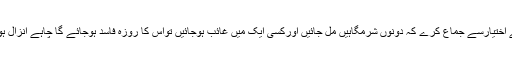
لھذا جو بھی رمضان المبارک میں دن کے وقت عمدا اوراپنے اختیارسے جماع کرے کہ دونوں شرمگاہیں مل جائيں اورکسی ایک میں غائب ہوجائيں تواس کا روزہ فاسد ہوجائے گا چاہے انزال ہویا نہ ہو ، اسے اس کام پر اللہ تعالی سے توبہ کرنی چاہيۓ ۔